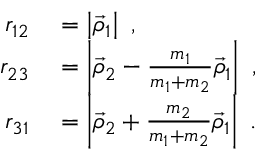
\begin{array} { r l } { r _ { 1 2 } } & { { } = \left| \vec { \rho } _ { 1 } \right| ~ , } \\ { r _ { 2 3 } } & { { } = \left| \vec { \rho } _ { 2 } - \frac { m _ { 1 } } { m _ { 1 } + m _ { 2 } } \vec { \rho } _ { 1 } \right| ~ , } \\ { r _ { 3 1 } } & { { } = \left| \vec { \rho } _ { 2 } + \frac { m _ { 2 } } { m _ { 1 } + m _ { 2 } } \vec { \rho } _ { 1 } \right| ~ . } \end{array}